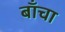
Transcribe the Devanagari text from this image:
बाँचा